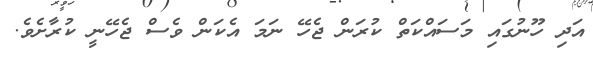
އަދި ހޫނުގައި މަސައްކަތް ކުރަން ޖެހޭ ނަމަ އެކަން ވެސް ޖެހޭނީ ކުރާށެވެ.